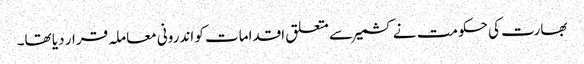
بھارت کی حکومت نے کشمیر سے متعلق اقدامات کو اندرونی معاملہ قرار دیا تھا۔